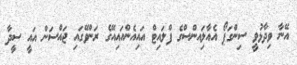
އޭނާ ވިދާޅުވީ ސިންގަޕޯ އެއާލަިއންސްގެ ފްލައިޓް އައިއެންއައިއޭގެ ރަންވޭގައި ޖައްސަން އައީ ސީދާ